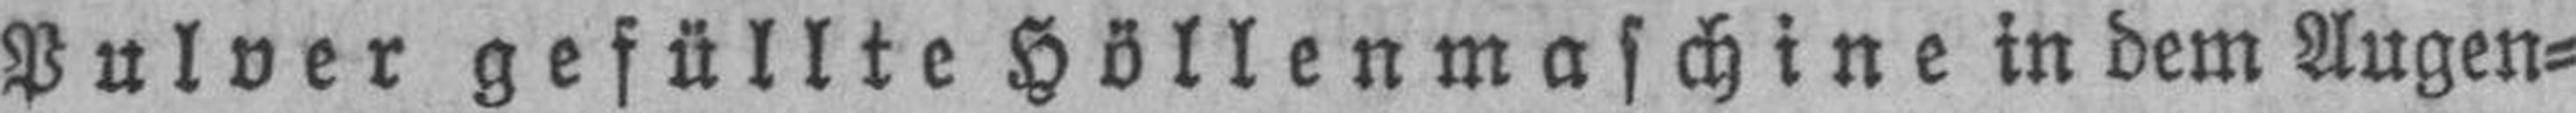
Pulver gefüllte Höllenmaschine in dem Augen¬